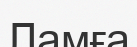
Ламға